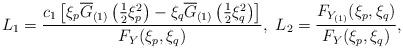
LaTeX: \begin{align*} L_{1}=\frac{c_{1}\left[\xi_{p}\overline{G}_{(1)}\left(\frac{1}{2}\xi_{p}^{2}\right)-\xi_{q}\overline{G}_{(1)}\left(\frac{1}{2}\xi_{q}^{2}\right)\right]}{F_{Y}(\xi_{p},\xi_{q})},~ L_{2}=\frac{F_{Y_{(1)}}(\xi_{p},\xi_{q})}{F_{Y}(\xi_{p},\xi_{q})},\end{align*}